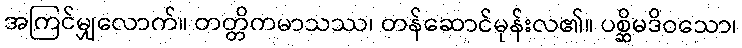
အကြင်မျှလောက်။ တတ္တိကမာသဿ၊ တန်ဆောင်မုန်းလ၏။ ပစ္ဆိမဒိဝသော၊